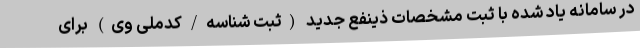
در سامانه یاد شده با ثبت مشخصات ذینفع جدید (ثبت شناسه‌/کدملی وی) ‌برای